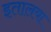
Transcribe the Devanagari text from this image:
इतालया